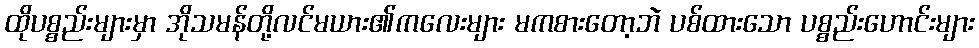
ထိုပစ္စည်းများမှာ အိုသမန်တို့လင်မယား၏ကလေးများ မကစားတော့ဘဲ ပစ်ထားသော ပစ္စည်းဟောင်းများ